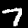
Digit: 7